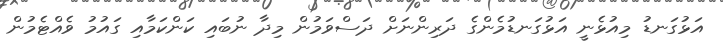
އަޅުގަނޑު މިއުޅެނީ އަޅުގަނޑުމެންގެ ދަރިންނަށް ދަސްވަމުން މިދާ ނުބައި ކަންކަމާއި ގައުމު ވެއްޓެމުން